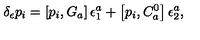
\delta _ { \epsilon } p _ { i } = \left[ p _ { i } , G _ { a } \right] \epsilon _ { 1 } ^ { a } + \left[ p _ { i } , C _ { a } ^ { 0 } \right] \epsilon _ { 2 } ^ { a } ,